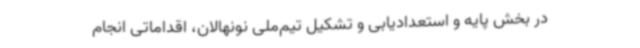
در بخش پایه و استعدادیابی و تشکیل تیم‌ملی نونهالان، اقداماتی انجام